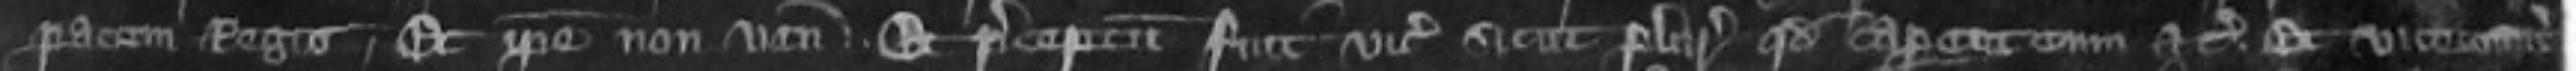
pacem Regis Et ipse non venit et preceptum fuit vicecomiti sicut pluries quod caperet eum etc Et vicecomites